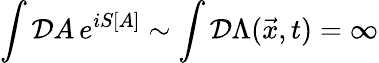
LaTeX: \int{\cal D}A\, e^{iS[A]}\sim\int{\cal D}\Lambda(\vec{x},t)=\infty